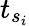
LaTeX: t_{s_{i}}